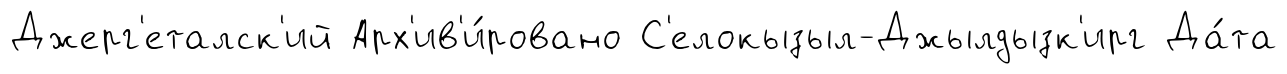
Джерг'еталск'ий Арх'ив'и́ровано С'елокызыл-Джылдызк'ирг Да́та